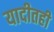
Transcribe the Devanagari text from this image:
यादीतही